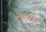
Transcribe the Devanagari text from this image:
अंतर्खंड